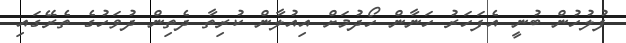
ފުލުހުން ބުނީ އެފަހަރު ހަނާން ހޯދުމަށް އިއުލާން ކުރިތާ ދެތިން ދުވަހުގެ ތެރޭގައި